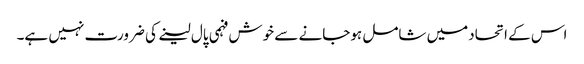
اس کے اتحادمیں شامل ہوجانے سے خوش فہمی پال لینے کی ضرورت نہیں ہے۔